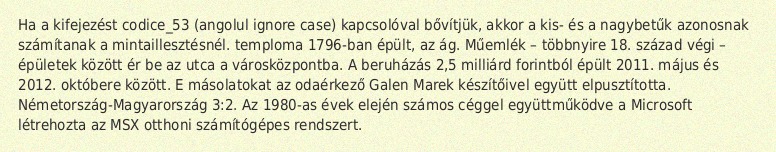
Ha a kifejezést codice_53 (angolul ignore case) kapcsolóval bővítjük, akkor a kis- és a nagybetűk azonosnak számítanak a mintaillesztésnél. temploma 1796-ban épült, az ág. Műemlék – többnyire 18. század végi – épületek között ér be az utca a városközpontba. A beruházás 2,5 milliárd forintból épült 2011. május és 2012. októbere között. E másolatokat az odaérkező Galen Marek készítőivel együtt elpusztította. Németország-Magyarország 3:2. Az 1980-as évek elején számos céggel együttműködve a Microsoft létrehozta az MSX otthoni számítógépes rendszert.